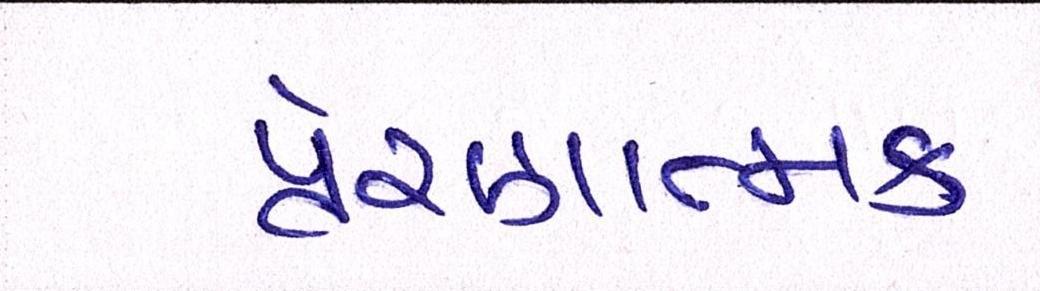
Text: પ્રેરણાત્મક